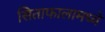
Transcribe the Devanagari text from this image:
सिताफालामध्ये